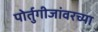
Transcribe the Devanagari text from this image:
पोर्तुगीजांवरच्या